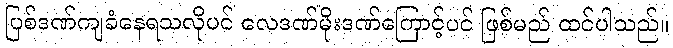
ပြစ်ဒဏ်ကျခံနေရသလိုပင် လေဒဏ်မိုးဒဏ်ကြောင့်ပင် ဖြစ်မည် ထင်ပါသည်။